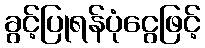
ခွင့်ပြုရန်ပုံငွေဖြင့်